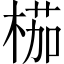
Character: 𣖚